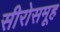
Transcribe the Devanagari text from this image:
सीरोसमूह